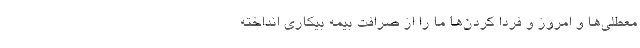
معطلی‌ها و امروز و فردا کردن‌ها ما را از صرافت بیمه بیکاری انداخته